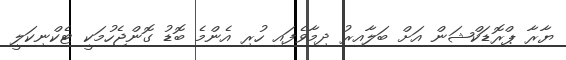
ޔާރާ ޕްރޮޑަކްޝަން އަށް ބަލާއިރު ދިމާވެފައި ހުރި އެންމެ ބޮޑު ގޮންޖެހުމަކީ ޓެކްނިކަލީ